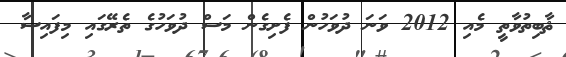
ޘާބިތުވާތީ މެއި 2012 ވަނަ ދުވަހުން ފެށިގެން މަސް ދުވަހުގެ ތެރޭގައި މިފައިސާ